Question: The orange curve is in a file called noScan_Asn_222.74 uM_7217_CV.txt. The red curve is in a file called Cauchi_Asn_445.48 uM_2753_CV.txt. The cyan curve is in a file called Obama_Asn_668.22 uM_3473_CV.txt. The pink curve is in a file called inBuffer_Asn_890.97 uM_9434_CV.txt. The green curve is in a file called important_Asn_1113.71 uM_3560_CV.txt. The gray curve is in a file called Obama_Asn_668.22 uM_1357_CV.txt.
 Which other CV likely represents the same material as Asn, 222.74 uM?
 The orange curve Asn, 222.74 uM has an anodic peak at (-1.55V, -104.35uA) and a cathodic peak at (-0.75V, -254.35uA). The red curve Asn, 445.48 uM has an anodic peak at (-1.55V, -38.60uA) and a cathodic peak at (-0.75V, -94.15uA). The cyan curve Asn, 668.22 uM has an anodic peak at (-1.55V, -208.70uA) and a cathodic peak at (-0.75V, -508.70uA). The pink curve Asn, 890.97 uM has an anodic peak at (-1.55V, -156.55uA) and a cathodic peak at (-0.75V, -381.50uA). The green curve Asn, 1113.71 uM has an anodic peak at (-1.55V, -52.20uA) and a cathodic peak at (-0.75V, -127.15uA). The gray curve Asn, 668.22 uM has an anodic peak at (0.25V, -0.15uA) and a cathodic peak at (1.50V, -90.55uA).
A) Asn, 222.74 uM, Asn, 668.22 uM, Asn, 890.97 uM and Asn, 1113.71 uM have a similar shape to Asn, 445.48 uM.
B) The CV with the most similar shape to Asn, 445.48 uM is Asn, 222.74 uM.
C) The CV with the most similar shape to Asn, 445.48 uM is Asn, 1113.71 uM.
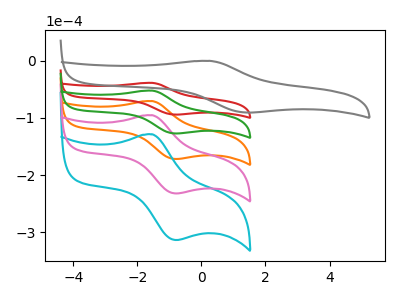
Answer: <think>All the peaks in "Asn, 222.74 uM" have a peak in "Asn, 445.48 uM" at the same potential. All the peaks in "Asn, 222.74 uM" have a peak in "Asn, 668.22 uM" at the same potential. All the peaks in "Asn, 222.74 uM" have a peak in "Asn, 890.97 uM" at the same potential. All the peaks in "Asn, 222.74 uM" have a peak in "Asn, 1113.71 uM" at the same potential. "Asn, 222.74 uM" and "Asn, 668.22 uM" have at least one peak that do not match. All the peaks in "Asn, 445.48 uM" have a peak in "Asn, 668.22 uM" at the same potential. All the peaks in "Asn, 445.48 uM" have a peak in "Asn, 890.97 uM" at the same potential. All the peaks in "Asn, 445.48 uM" have a peak in "Asn, 1113.71 uM" at the same potential. "Asn, 445.48 uM" and "Asn, 668.22 uM" have at least one peak that do not match. All the peaks in "Asn, 668.22 uM" have a peak in "Asn, 890.97 uM" at the same potential. All the peaks in "Asn, 668.22 uM" have a peak in "Asn, 1113.71 uM" at the same potential. "Asn, 668.22 uM" and "Asn, 668.22 uM" have at least one peak that do not match. All the peaks in "Asn, 890.97 uM" have a peak in "Asn, 1113.71 uM" at the same potential. "Asn, 890.97 uM" and "Asn, 668.22 uM" have at least one peak that do not match. "Asn, 1113.71 uM" and "Asn, 668.22 uM" have at least one peak that do not match.
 </think>
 <answer>A) "Asn, 222.74 uM", "Asn, 668.22 uM", "Asn, 890.97 uM" and "Asn, 1113.71 uM" have a similar shape to "Asn, 445.48 uM".</answer>
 <eval>A</eval>